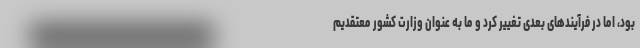
بود، اما در فرآیندهای بعدی تغییر کرد و ما به عنوان وزارت کشور معتقدیم